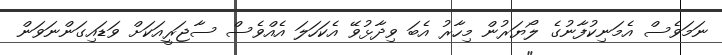
ނަމަވެސް އެމަނިކުފާނުގެ ލޯޔަރުން މިހާރު އެބަ ވިދާޅުވޭ އެކަހަލަ އެއްވެސް ސާޖަރީއަކަށް ވަޑައިގަންނަވަން